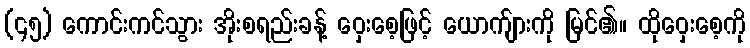
(၄၅) ကောင်းကင်သွား အိုးစရည်းခန့် ဝှေးစေ့ဖြင့် ယောက်ျားကို မြင်၏။ ထိုဝှေးစေ့ကို